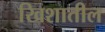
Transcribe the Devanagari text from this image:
खिशातील